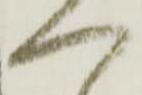
へ